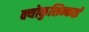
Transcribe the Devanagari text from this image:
क्योकुशिन्काई